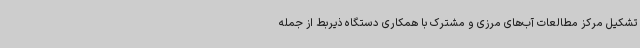
تشکیل مرکز مطالعات آب‌های مرزی و مشترک با همکاری دستگاه ذیربط از جمله